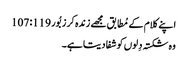
اپنے کلام کے مُطابق مجھے زندہ کر زبُور 119: 107
وہ شکستہ دِلوں کو شفا دیتا ہے۔